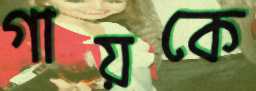
গায়কে